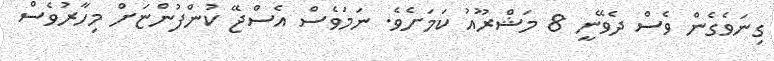
ގިނަވެގެން ވެސް ދެވޭނީ 8 މަޝްރޫއު ކަމަށެވެ. ނަމަވެސް އެސްޖޭ ކުންފުންޏަށް މިހާރުވެސް